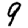
Digit: 9